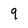
Character: 9